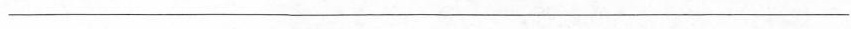
___